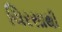
ચિરસાથી